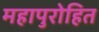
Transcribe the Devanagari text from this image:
महापुरोहित